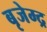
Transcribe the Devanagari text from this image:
बृजेम्द्र